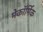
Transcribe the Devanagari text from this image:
मेकॉर्मिक